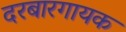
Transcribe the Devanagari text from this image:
दरबारगायक